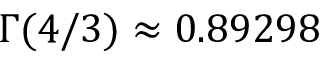
\Gamma ( 4 / 3 ) \approx 0 . 8 9 2 9 8